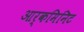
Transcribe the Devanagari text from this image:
आर्कमिनिट